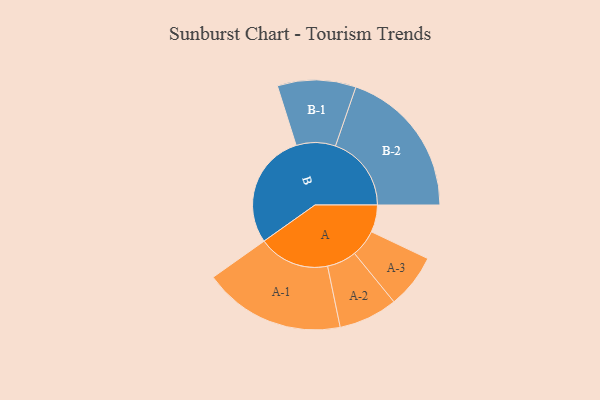
{"axis": {"x": "Segment", "y": "Value"}, "legend": ["", "A", "B"], "data": [{"x": "A", "y": 106, "type": ""}, {"x": "B", "y": 450, "type": ""}, {"x": "A-1", "y": 277, "type": "A"}, {"x": "A-2", "y": 115, "type": "A"}, {"x": "A-3", "y": 106, "type": "A"}, {"x": "B-1", "y": 153, "type": "B"}, {"x": "B-2", "y": 296, "type": "B"}]}